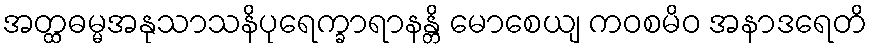
အတ္ထဓမ္မအနုသာသနိပုရေက္ခာရာနန္တိ မောစေယျ ကဝစမိဝ အနာဒရေတိ